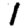
Digit: 1